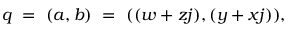
q \ = \ ( a , b ) \ = \ ( ( w + z j ) , ( y + x j ) ) ,